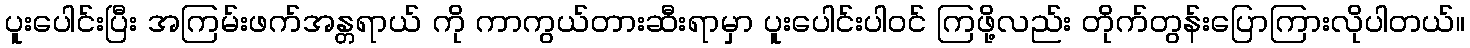
ပူးပေါင်းပြီး အကြမ်းဖက်အန္တရာယ် ကို ကာကွယ်တားဆီးရာမှာ ပူးပေါင်းပါဝင် ကြဖို့လည်း တိုက်တွန်းပြောကြားလိုပါတယ်။